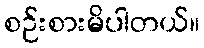
စဉ်းစားမိပါတယ်။